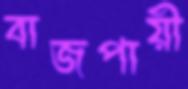
বাজপায়ী